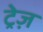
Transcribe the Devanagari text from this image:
ट्रेज़